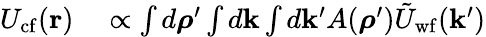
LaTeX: \begin{array}{rl}{U_{\mathrm{cf}}(\mathbf{r})}&{{}\propto\int d\boldsymbol{\rho}^{\prime}\int d\mathbf{k}\int d\mathbf{k}^{\prime}A(\boldsymbol{\rho}^{\prime})\tilde{U}_{\mathrm{wf}}(\mathbf{k}^{\prime})}\end{array}